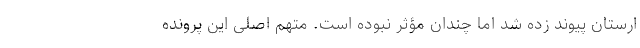
ارستان پیوند زده شد اما چندان مؤثر نبوده است. متهم اصلی این پرونده